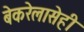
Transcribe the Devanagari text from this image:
बेकरेलासेही